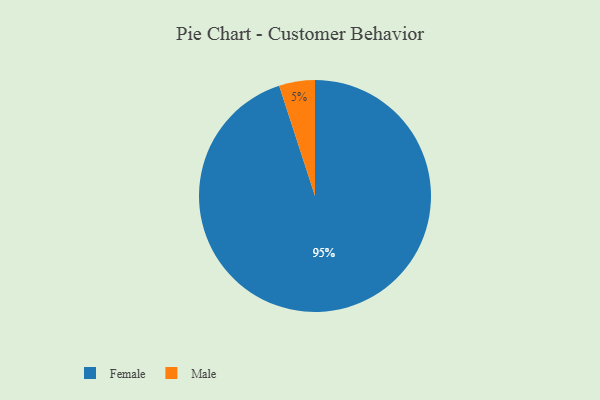
{"axis": {"x": "Category", "y": "Percentage"}, "legend": ["Female", "Male"], "data": [{"x": "Male", "y": 5, "type": "Male"}, {"x": "Female", "y": 95, "type": "Female"}]}